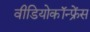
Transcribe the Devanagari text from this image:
वीडियोकॉन्फ्रेंस